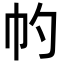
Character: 𢁕